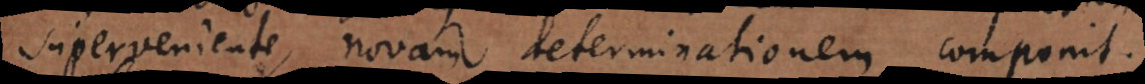
superveniente, novam determinationem componit.